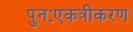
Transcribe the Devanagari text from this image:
पुनःएकत्रीकरण